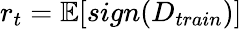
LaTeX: r_{t}=\mathbb{E}[sign(D_{train})]